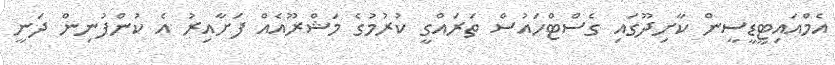
އެމްއައިޓީޑީސީން ކާށިދޫގައި ގެސްޓްހައުސް ތަރައްގީ ކުރުމުގެ މަޝްރޫއެއް ފަށާއިރު އެ ކުންފުނިން ދަނީ